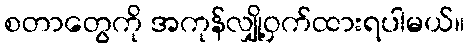
စတာတွေကို အကုန်လျှို့ဝှက်ထားရပါမယ်။